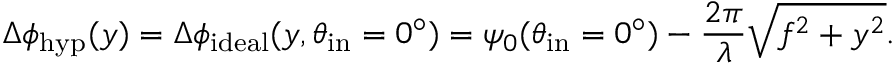
\Delta \phi _ { \mathrm { h y p } } ( y ) = \Delta \phi _ { \mathrm { i d e a l } } ( y , \theta _ { \mathrm { i n } } = 0 ^ { \circ } ) = \psi _ { 0 } ( \theta _ { \mathrm { i n } } = 0 ^ { \circ } ) - \frac { 2 \pi } { \lambda } \sqrt { f ^ { 2 } + y ^ { 2 } } .